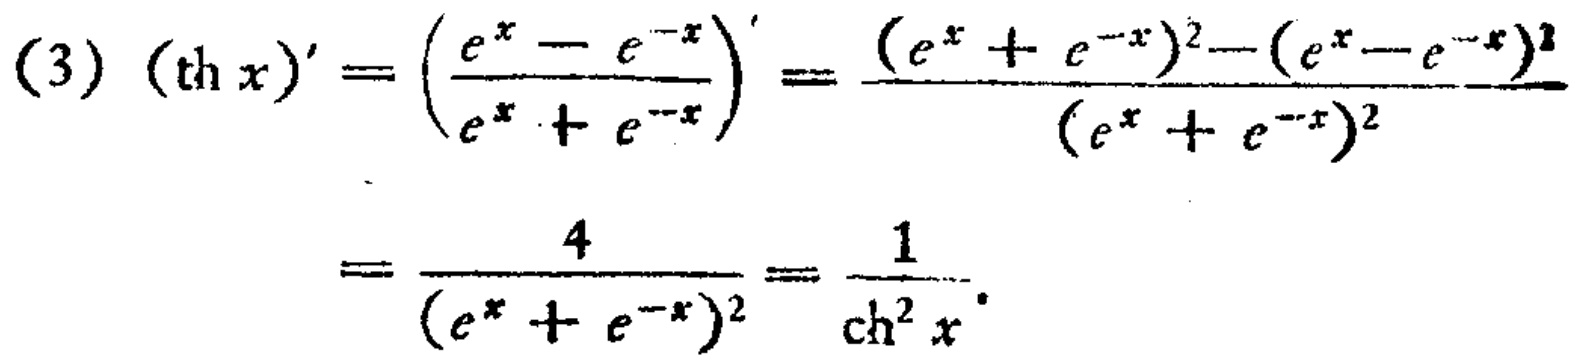
\[
\begin{align*}
(3)\ (\text{th }x)'&=\left(\frac{e^{x}-e^{-x}}{e^{x}+e^{-x}}\right)'=\frac{(e^{x}+e^{-x})^{2}-(e^{x}-e^{-x})^{2}}{(e^{x}+e^{-x})^{2}}\\
&=\frac{4}{(e^{x}+e^{-x})^{2}}=\frac{1}{\text{ch}^{2}x}.
\end{align*}
\]